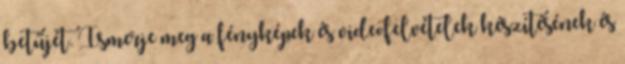
betűjét. Ismerje meg a fényképek és videofelvételek készítésének és